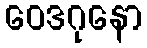
ဝေဒဂုနော